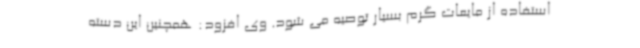
استفاده از مایعات گرم بسیار توصیه می شود. وی افزود: همچنین این دسته